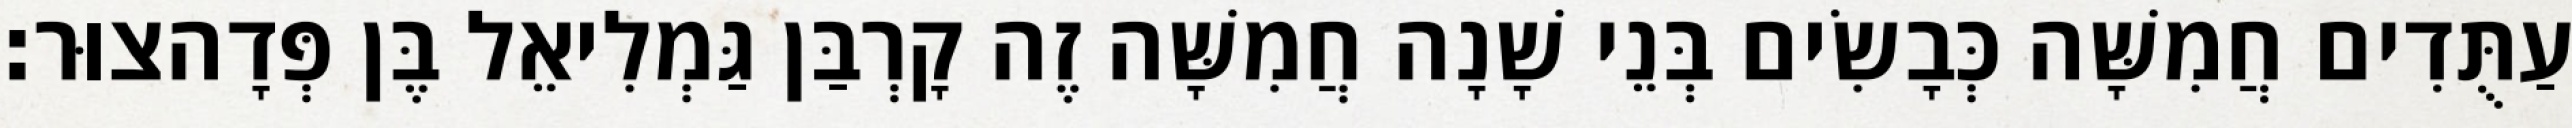
עַתֻּדִים חֲמִשָּׁה כְּבָשִׂים בְּנֵי שָׁנָה חֲמִשָּׁה זֶה קָרְבַּן גַּמְלִיאֵל בֶּן פְּדָהצוּר׃